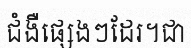
ជំងឺផ្សេងៗដែរ។ជា